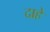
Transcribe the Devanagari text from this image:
दाहे